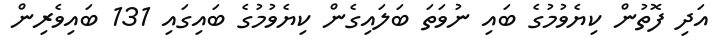
އަދި ފޮތުން ކިޔެވުމުގެ ބައި ނުވަތަ ބަލައިގެން ކިޔެވުމުގެ ބައިގައި 131 ބައިވެރިން